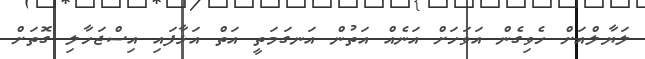
ލަޔާލްއަށް ހެވިގެން އަވަހަށް އަނެއް އަތުން އަނގަމަތީ އަތް އަޅާފައި އިސްޖަހާލި ގޮތަށް